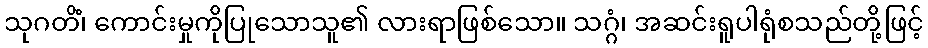
သုဂတိံ၊ ကောင်းမှုကိုပြုသောသူ၏ လားရာဖြစ်သော။ သဂ္ဂံ၊ အဆင်းရူပါရုံစသည်တို့ဖြင့်